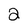
Character: 2